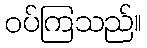
ဝပ်ကြသည်။